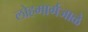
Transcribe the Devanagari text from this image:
लोहमार्गजाळे